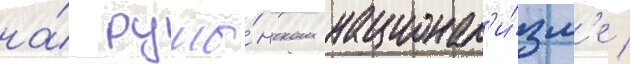
на́ румы́нском национал'и́зм'е /